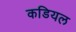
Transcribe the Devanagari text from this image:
कडियल